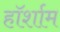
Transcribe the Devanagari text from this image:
हॉर्शाम